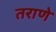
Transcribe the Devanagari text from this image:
तराणे